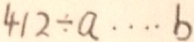
4 1 2 \div a \cdots b